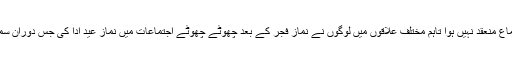
کہیں بھی نماز عید کا بڑا اجتماع منعقد نہیں ہوا تاہم مختلف علاقوں میں لوگوں نے نماز فجر کے بعد چھوٹے چھوٹے اجتماعات میں نماز عید ادا کی جس دوران سماجی دوری کا خیال رکھا گیا۔